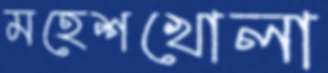
মহেশখোলা